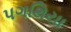
પગથિયા